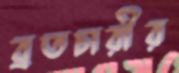
ব্রতচারীর